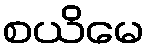
စယိမေ